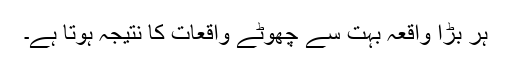
ہر بڑا واقعہ بہت سے چھوٹے واقعات کا نتیجہ ہوتا ہے۔